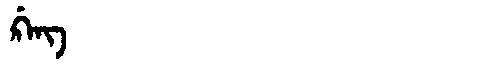
Manchu: ᡤ᠋ᠠᠩ
Romanization: G'ANG